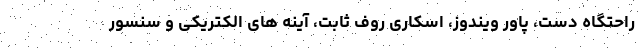
راحتگاه دست، پاور ویندوز، اسکاری روف ثابت، آینه های الکتریکی و سنسور